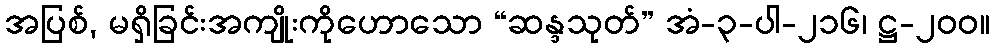
အပြစ်, မရှိခြင်းအကျိုးကိုဟောသော “ဆန္ဒသုတ်” အံ-၃-ပါ-၂၁၆၊ ဋ္ဌ-၂၀၀။